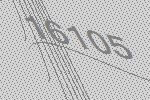
16105